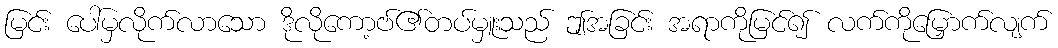
မြင်း ပေါ်မှလိုက်လာသော ဒိုလိုကော့ဗ်၏တပ်မှူးသည် ဤအခြင်း အရာကိုမြင်၍ လက်ကိုမြှောက်လျက်